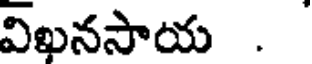
విఖనసాయ .